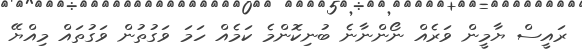
ރައީސް ޔާމީން ވަރެއް ނޯންނާނެ ބުނިކޮންމެ ކަމެއް ހަމަ ވަގުތުން ވަގުތައް މިއްޔޭ